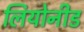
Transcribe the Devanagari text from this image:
लियोनीड